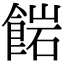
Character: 𩜠